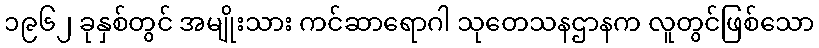
၁၉၆၂ ခုနှစ်တွင် အမျိုးသား ကင်ဆာရောဂါ သုတေသနဌာနက လူတွင်ဖြစ်သော